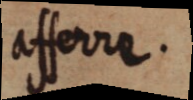
afferre.